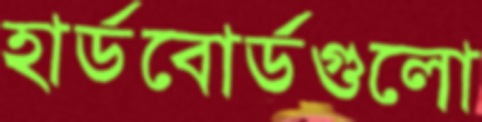
হার্ডবোর্ডগুলো